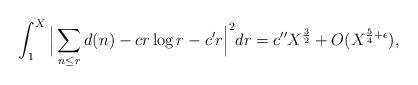
LaTeX: \begin{align*} \int_1^X \Big\lvert \sum_{n \leq r} d(n) - c r \log r - c' r \Big\rvert^2 dr = c'' X^{\frac{3}{2}} + O(X^{\frac{5}{4} + \epsilon}),\end{align*}